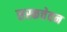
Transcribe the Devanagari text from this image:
सस्कचेवन